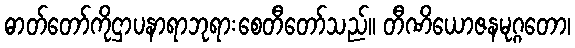
ဓာတ်တော်ကိုဌာပနာရာဘုရားစေတီတော်သည်။ တီဏိယောဇနမုဂ္ဂတော၊